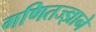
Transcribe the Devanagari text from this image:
गणितज्ज्ञाने